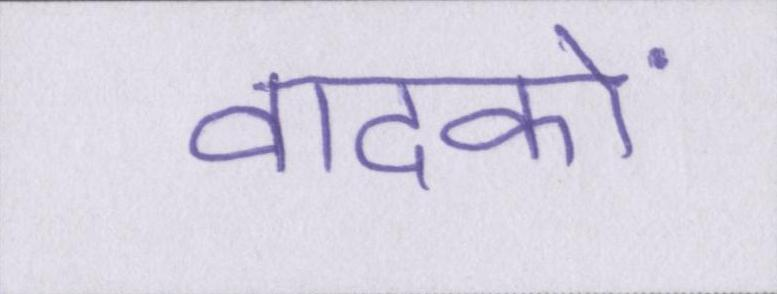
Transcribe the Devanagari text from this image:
वादकों